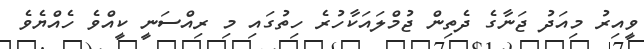
ވީއިރު މިއަދު ޖަނާގެ ދެތިން ޖުމްލައަކާހުރެ ހިތުގައި މި ރިއްސަނީ ކީއްވެ ހެއްޔެވެ